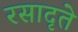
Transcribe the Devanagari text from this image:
रसादृते